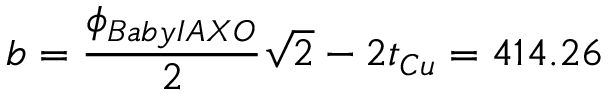
b = \frac { \phi _ { B a b y I A X O } } { 2 } \sqrt { 2 } - 2 t _ { C u } = 4 1 4 . 2 6